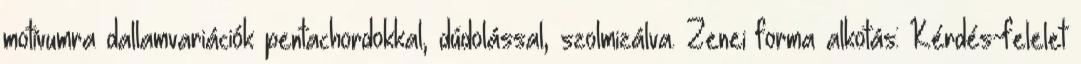
motívumra dallamvariációk pentachordokkal, dúdolással, szolmizálva. Zenei forma alkotás: Kérdés-felelet